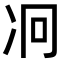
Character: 𠖷